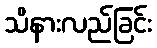
သိနားလည်ခြင်း